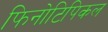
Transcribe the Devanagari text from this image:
फिनोटिपिकल